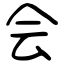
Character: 会